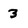
Character: 3